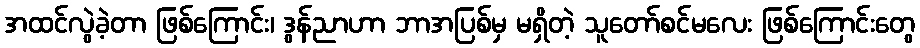
အထင်လွဲခဲ့တာ ဖြစ်ကြောင်း၊ ဒွန်ညာဟာ ဘာအပြစ်မှ မရှိတဲ့ သူတော်စင်မလေး ဖြစ်ကြောင်းတွေ